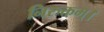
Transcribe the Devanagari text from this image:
निरुक्तम्।